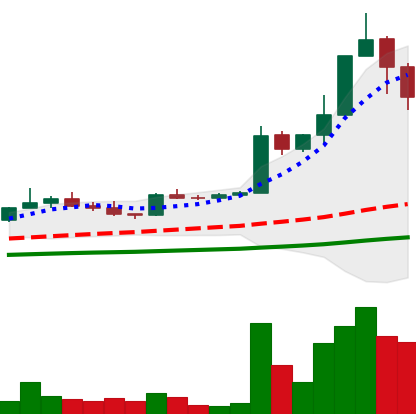
Ticker: TRX-USD
Chart end date: 2021-04-07
Forward return: 17.016%
Label: up_7plus